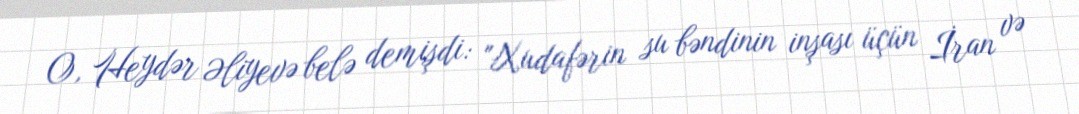
O, Heydər Əliyevə belə demişdi: "Xudafərin su bəndinin inşası üçün İran və